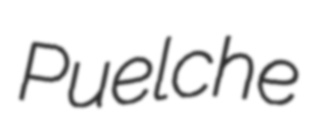
Puelche